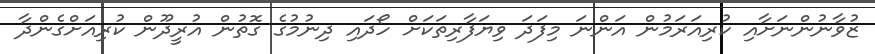
ޒުވާނުންނަށާއި ކުރިއަރަމުން އަންނަ މިފަދަ ވިޔަފާރިތަކަށް ހޯދައި ދިނުމުގެ ގޮތުން އުރީދޫން ކުރިއަށްގެންދާ